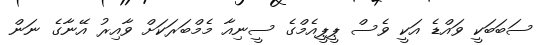
ސަބަބަކީ ވައްޑެ އަކީ ވެސް ޕީޕީއެމްގެ ސީނިއާ މެމްބަރަކަށް ވާއިރު އޭނާގެ ނަން